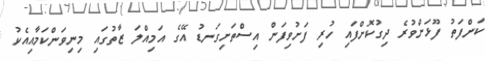
ކަންފަތު ފޫޅަށްވުރެ ދިގުކޮށްފައި ހުރި ފަށުވިފަން އިސްތަށިގަނޑު އޭގެ އަމިއްލަ ޒާތުގައި މިނިވަންކަމާއިއެކު